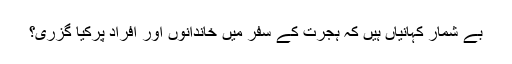
بے شمار کہانیاں ہیں کہ ہجرت کے سفر میں خاندانوں اور افراد پرکیا گزری؟